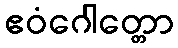
ဧဝံဂေါတ္တော